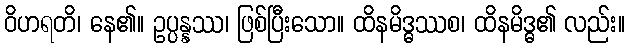
ဝိဟရတိ၊ နေ၏။ ဥပ္ပန္နဿ၊ ဖြစ်ပြီးသော။ ထိနမိဒ္ဓဿစ၊ ထိနမိဒ္ဓ၏ လည်း။